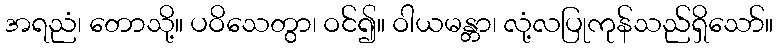
အရညံ၊ တောသို့။ ပဝိသေတွာ၊ ဝင်၍။ ဝါယမန္တာ၊ လုံ့လပြုကုန်သည်ရှိသော်။